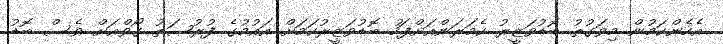
އެހެންކަމުން މިވަގުތު ބޮޑުވަޒީރު ކެމަރަންއަށްފަހު ބޮޑުވަޒީރުކަމަށް އައުމުގެ ފުރުޞަތު ގޯވްއަށް ވެސް ބޮޑު